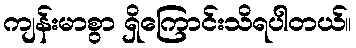
ကျန်းမာစွာ ရှိကြောင်းသိရပါတယ်။